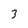
Character: 3